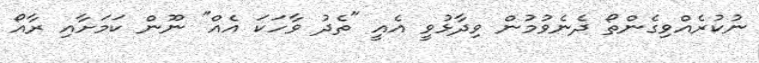
ނުކުރެއްވިގެންތޯ ދެނެވުމުން ވިދާޅުވީ އެއީ "ތެދު ވާހަކަ އެއް" ނޫން ކަމަށާއި ރާއޯ